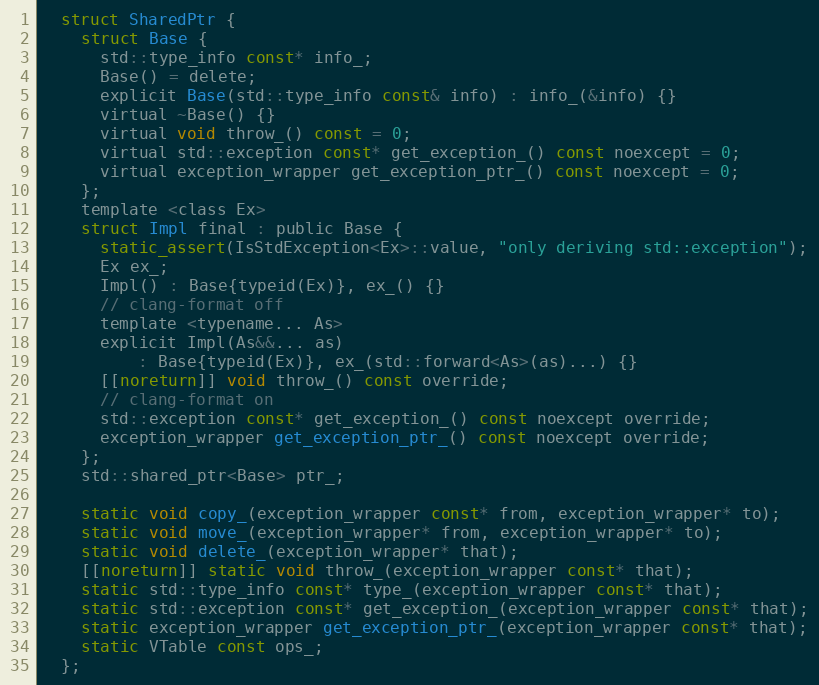
Language: C
  struct SharedPtr {
    struct Base {
      std::type_info const* info_;
      Base() = delete;
      explicit Base(std::type_info const& info) : info_(&info) {}
      virtual ~Base() {}
      virtual void throw_() const = 0;
      virtual std::exception const* get_exception_() const noexcept = 0;
      virtual exception_wrapper get_exception_ptr_() const noexcept = 0;
    };
    template <class Ex>
    struct Impl final : public Base {
      static_assert(IsStdException<Ex>::value, "only deriving std::exception");
      Ex ex_;
      Impl() : Base{typeid(Ex)}, ex_() {}
      // clang-format off
      template <typename... As>
      explicit Impl(As&&... as)
          : Base{typeid(Ex)}, ex_(std::forward<As>(as)...) {}
      [[noreturn]] void throw_() const override;
      // clang-format on
      std::exception const* get_exception_() const noexcept override;
      exception_wrapper get_exception_ptr_() const noexcept override;
    };
    std::shared_ptr<Base> ptr_;

    static void copy_(exception_wrapper const* from, exception_wrapper* to);
    static void move_(exception_wrapper* from, exception_wrapper* to);
    static void delete_(exception_wrapper* that);
    [[noreturn]] static void throw_(exception_wrapper const* that);
    static std::type_info const* type_(exception_wrapper const* that);
    static std::exception const* get_exception_(exception_wrapper const* that);
    static exception_wrapper get_exception_ptr_(exception_wrapper const* that);
    static VTable const ops_;
  };